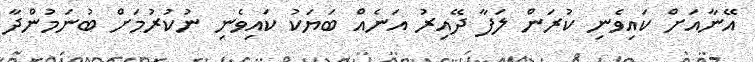
އޭނާއަށް ކައިވެނި ކުރަން ލަފާ ދޭއިރު އަނެއް ބަޔަކު ކައިވެނި ނުކުރުމަށް ބުނަމުންދާ